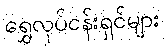
ရွှေလုပ်ငန်းရှင်များ